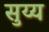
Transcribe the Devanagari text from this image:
सुय्य